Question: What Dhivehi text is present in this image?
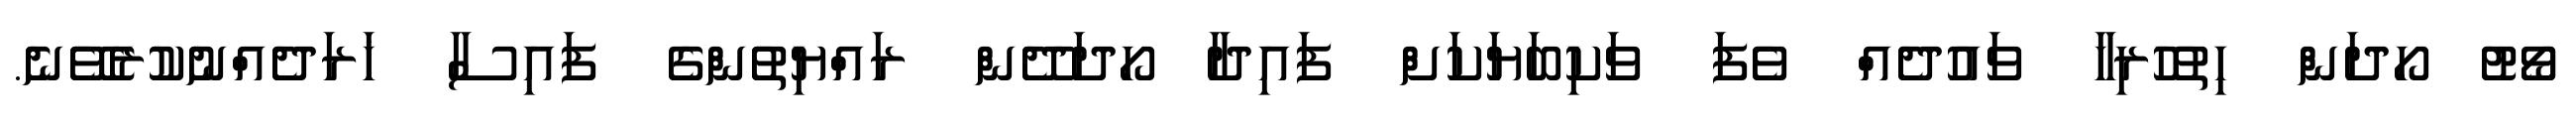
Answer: ވޯޓު ހޯދަން ހިތުހުރިހާ ވައުދެއް ވެފަ ވަކިބަޔަކަށް ފައިދާ ހޯދަދޭން ރައްޔިތުންގެ ފައިސާ ޚަރަދެއްނުކުރެވޭނެ.